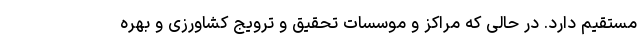
مستقیم دارد. در حالی که مراکز و موسسات تحقیق و ترویج کشاورزی و بهره